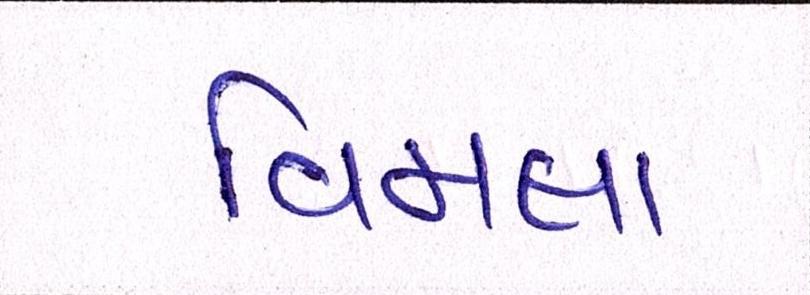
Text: વિમલા